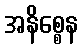
အနိစ္စေန